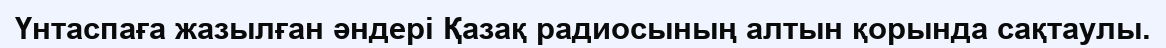
Үнтаспаға жазылған әндері Қазақ радиосының алтын қорында сақтаулы.